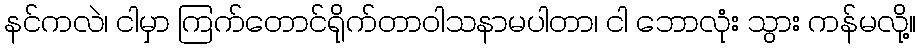
နင်ကလဲ၊ ငါမှာ ကြက်တောင်ရိုက်တာဝါသနာမပါတာ၊ ငါ ဘောလုံး သွား ကန်မလို့။